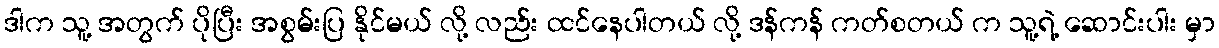
ဒါက သူ့ အတွက် ပိုပြီး အစွမ်းပြ နိုင်မယ် လို့ လည်း ထင်နေပါတယ် လို့ ဒန်ကန် ကတ်စတယ် က သူ့ရဲ့ ဆောင်းပါး မှာ